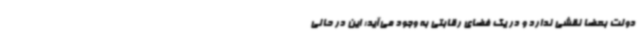
دولت بعضا نقشی ندارد و در یک فضای رقابتی به وجود می‌آید؛ این در حالی